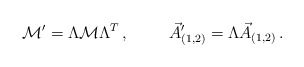
\begin{align*}{\cal M}^{\prime}= \Lambda {\cal M}\Lambda^{T}\, ,\hspace{1cm}\vec{A}_{(1,2)}^{\prime}= \Lambda\vec{A}_{(1,2)}\, .\end{align*}